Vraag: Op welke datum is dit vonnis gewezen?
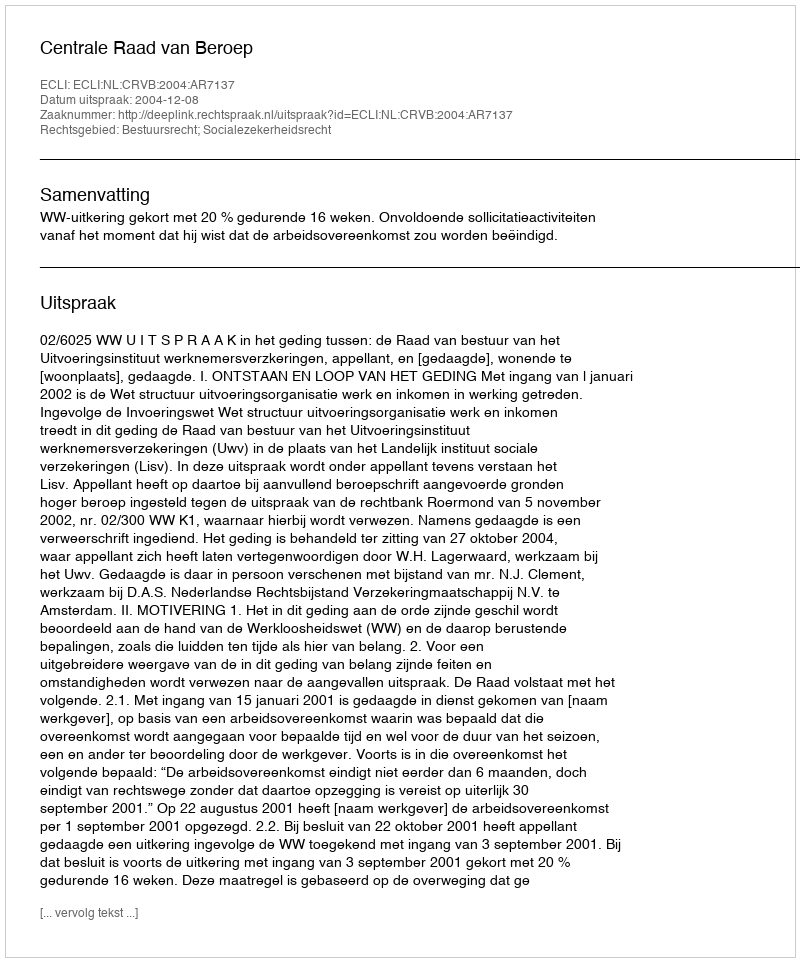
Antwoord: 2004-12-08